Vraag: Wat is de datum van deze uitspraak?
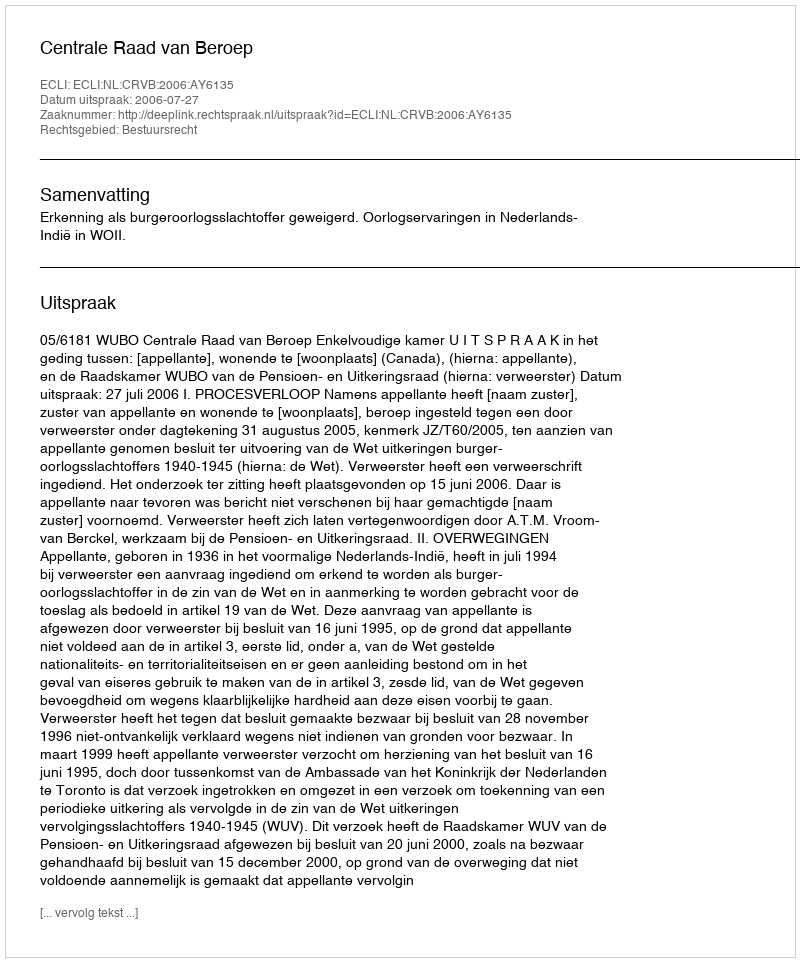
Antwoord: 2006-07-27